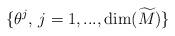
LaTeX: \begin{align*}\{\theta^j, \,j=1,...,\dim (\widetilde{M})\}\end{align*}